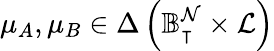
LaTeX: \mu_{A},\mu_{B}\in\Delta\left(\mathbb{B}_{\intercal}^{\mathcal{N}}\times\mathcal{L}\right)